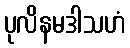
ပုလိနမဒါသဟံ